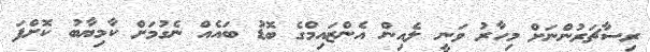
ރިސާޗަރުންނަށް މިހާރު ވަނީ ލެއިން އެންޒައިމްގެ ބޮޑު ބައެއް ނެގުމަށް ކާމިޔާބު ކޮށްފަ